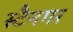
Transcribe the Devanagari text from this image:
स्टैनगर